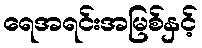
ရေအရင်းအမြစ်နှင့်